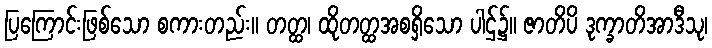
ပြကြောင်းဖြစ်သော စကားတည်း။ တတ္ထ၊ ထိုတတ္ထအစရှိသော ပါဌ်၌။ ဇာတိပိ ဒုက္ခာတိအာဒီသု၊